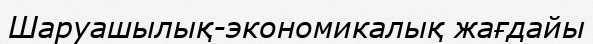
Шаруашылық-экономикалық жағдайы